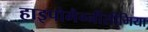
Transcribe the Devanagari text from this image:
हाइपोमैग्नीसीमिया